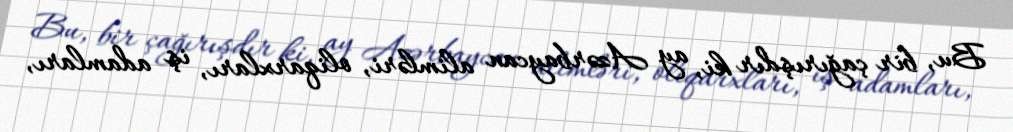
Bu, bir çağırışdır ki, ay Azərbaycan alimləri, oliqarxları, iş adamları,